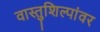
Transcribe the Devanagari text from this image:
वास्तुशिल्पांवर